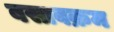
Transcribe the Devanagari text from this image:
बसावक्रम